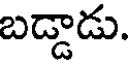
బడ్డాడు.